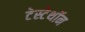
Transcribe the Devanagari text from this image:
टेस्टेथॉन